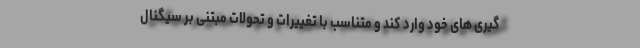
گیری های خود وارد کند و متناسب با تغییرات و تحولات مبتنی بر سیگنال